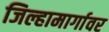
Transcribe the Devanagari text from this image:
जिल्हामार्गावर